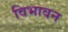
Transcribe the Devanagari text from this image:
विभावन